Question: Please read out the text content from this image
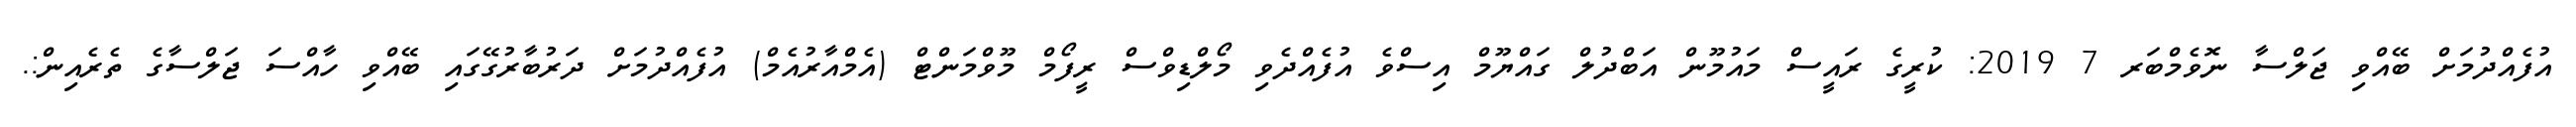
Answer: އުފެއްދުމަށް ބޭއްވި ޖަލްސާ ނޮވެމްބަރ 7 2019: ކުރީގެ ރައީސް މައުމޫން އަބްދުލް ގައްޔޫމް އިސްވެ އުފެއްދެވި މޯލްޑިވްސް ރީފޯމް މޫވްމަންޓް (އެމްއާރުއެމް) އުފެއްދުމަށް ދަރުބާރުގޭގައި ބޭއްވި ހާއްސަ ޖަލްސާގެ ތެރެއިން:.